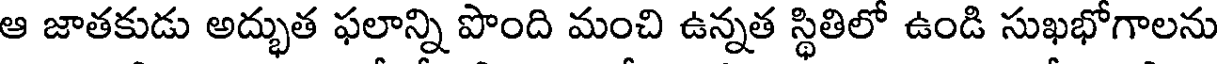
ఆ జాతకుడు అద్భుత ఫలాన్ని పొంది మంచి ఉన్నత స్థితిలో ఉండి సుఖభోగాలను